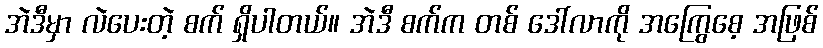
အဲဒီမှာ လဲပေးတဲ့ စက် ရှိပါတယ်။ အဲဒီ စက်က တစ် ဒေါ်လာကို အကြွေစေ့ အဖြစ်